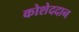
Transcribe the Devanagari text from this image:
कोशेददान